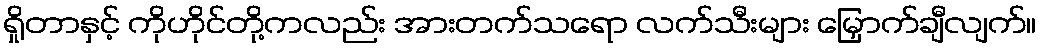
ရှိုတာနှင့် ကိုဟိုင်တို့ကလည်း အားတက်သရော လက်သီးများ မြှောက်ချီလျက်။